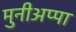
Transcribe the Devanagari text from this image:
मुनीअप्पा